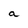
Character: a